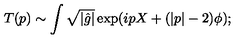
T ( p ) \sim \int \sqrt { | { \hat { g } } | } \exp ( i p X + ( | p | - 2 ) \phi ) ;